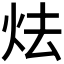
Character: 𪸘